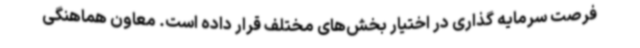
فرصت سرمایه گذاری در اختیار بخش‌های مختلف قرار داده است. معاون هماهنگی